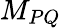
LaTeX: M_{PQ}